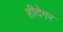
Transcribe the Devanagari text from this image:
हीदेगर